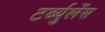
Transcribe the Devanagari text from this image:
टर्ब्युलेंस